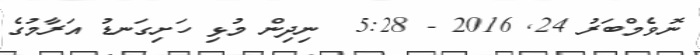
ނޮވެމްބަރު 24